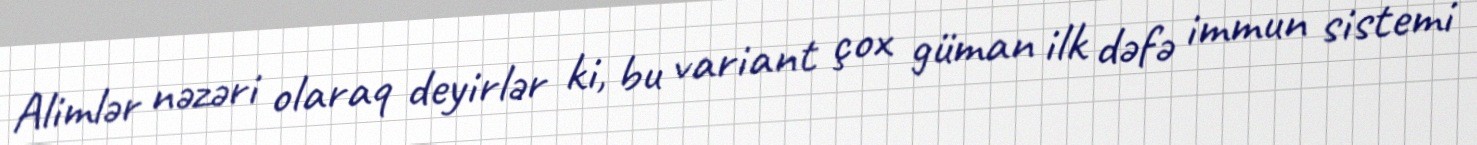
Alimlər nəzəri olaraq deyirlər ki, bu variant çox güman ilk dəfə immun sistemi